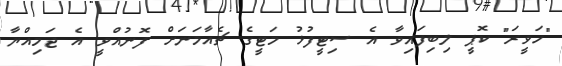
"ހަވީރަ" ކޮޕީ ލިބިފައިވާ އެ ސިޓީފުޅު މަޓީގެ ޗެއާމަނަށް ފޮނުއްވީ އެ ޖަމިއްޔާ